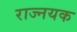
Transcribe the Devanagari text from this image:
राज्नयक